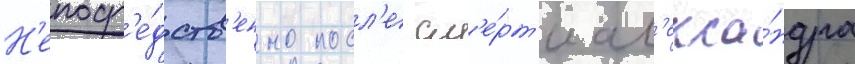
Н'епоср'е́дств'енно посл'е см'е́рт'и ал'екса́ндра